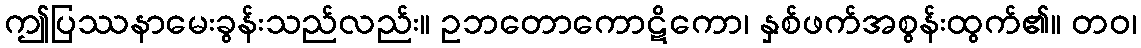
ဤပြဿနာမေးခွန်းသည်လည်း။ ဥဘတောကောဋိကော၊ နှစ်ဖက်အစွန်းထွက်၏။ တဝ၊